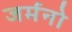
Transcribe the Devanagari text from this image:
जर्मनो